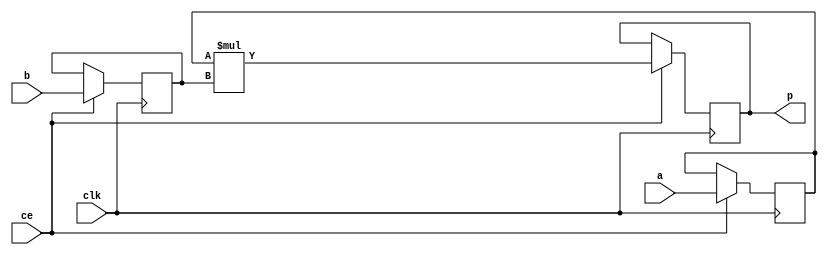
module image_filter_mul_8ns_22ns_30_3_MAC3S_0(clk, ce, a, b, p);
input clk;
input ce;
input[8 - 1 : 0] a; // synthesis attribute keep a "true"
input[22 - 1 : 0] b; // synthesis attribute keep b "true"
output[30 - 1 : 0] p;

reg [8 - 1 : 0] a_reg0;
reg [22 - 1 : 0] b_reg0;
wire [30 - 1 : 0] tmp_product;
reg [30 - 1 : 0] buff0;

assign p = buff0;
assign tmp_product = a_reg0 * b_reg0;
always @ (posedge clk) begin
    if (ce) begin
        a_reg0 <= a;
        b_reg0 <= b;
        buff0 <= tmp_product;
    end
end
endmodule